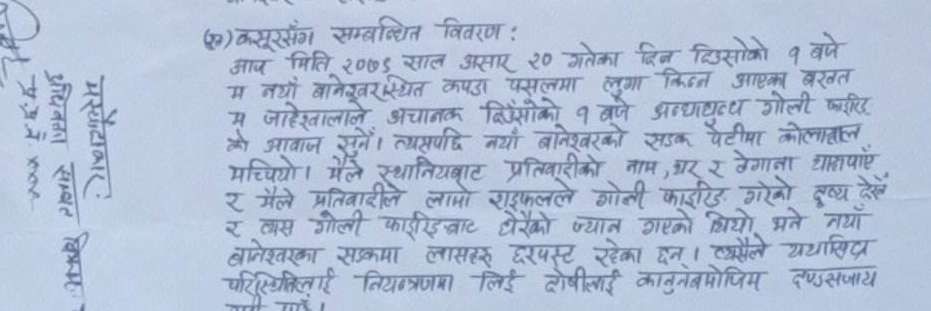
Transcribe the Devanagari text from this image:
(क) कसुरसंग सम्बन्धित विवरण :
आज मिति २०७३ साल असार २० गतेका दिन दिउँसो १ बजे
म नयाँ बानेश्वरस्थित कपडा पसलमा लुगा किन्न आएका बरवत
म जाहेस्तवालाले अचानक दिउँसोको १ बजे अन्धाधुन्ध गोली फरिह
को आवाज सुनें। त्यसपछि नयाँ बानेश्वरको सडक पेटीमा कोलाहल
मचियो। मैले स्थानियबाट प्रतिवादीको नाम, घर र ठेगाना थाहापाएँ
र मैले प्रतिवादीले लामो राइफलले गोली फाईडिङ गरेको दृश्य देखें
र लास गोली फाईडिङबाट ढेरेको ज्यान गएको थियो भने नयाँ
बानेश्वरका सडकमा लासहरु छरपस्ट रहेका छन् । त्यसैले यथासिघ्र
परिस्थितिलाई नियन्त्रणमा लिई दोषीलाई कानुनबमोजिम दण्डसजाय
गर्नु पर्छ ।
महेन्द्रबहादुर
अधिवक्ता सावत
ने.व.नं. xxxx